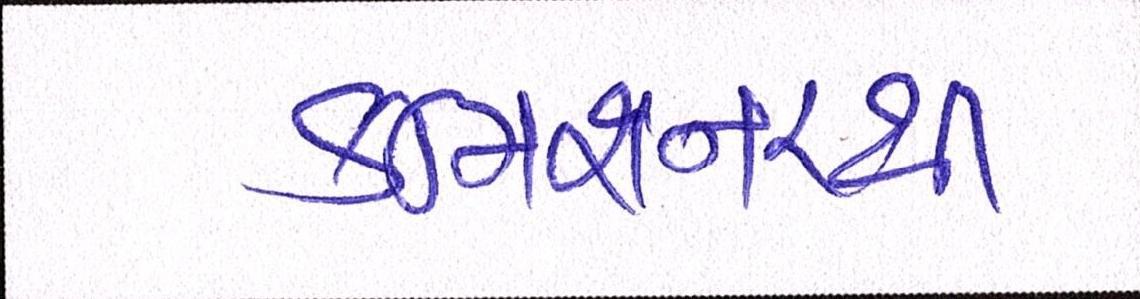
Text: કમિશનરથી